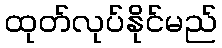
ထုတ်လုပ်နိုင်မည်